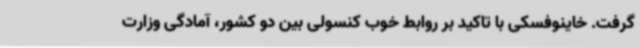
گرفت. خاینوفسکی با تاکید بر روابط خوب کنسولی بین دو کشور، آمادگی وزارت